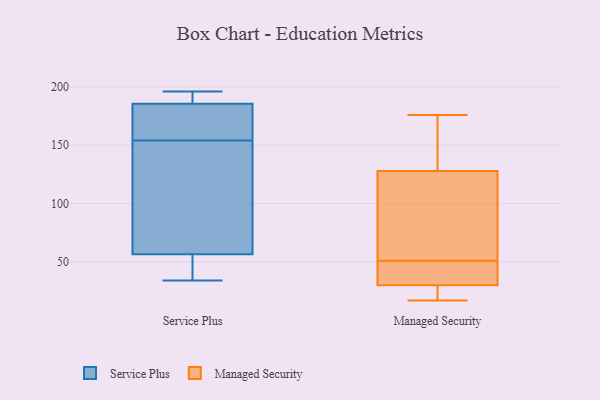
{"axis": {"x": "Waste Production (Tons)", "y": "Value"}, "legend": ["Managed Security", "Service Plus"], "data": [{"x": "", "y": 138, "type": "Service Plus"}, {"x": "", "y": 34, "type": "Service Plus"}, {"x": "", "y": 196, "type": "Service Plus"}, {"x": "", "y": 188, "type": "Service Plus"}, {"x": "", "y": 53, "type": "Service Plus"}, {"x": "", "y": 60, "type": "Service Plus"}, {"x": "", "y": 192, "type": "Service Plus"}, {"x": "", "y": 183, "type": "Service Plus"}, {"x": "", "y": 132, "type": "Service Plus"}, {"x": "", "y": 49, "type": "Service Plus"}, {"x": "", "y": 172, "type": "Service Plus"}, {"x": "", "y": 170, "type": "Service Plus"}, {"x": "", "y": 22, "type": "Managed Security"}, {"x": "", "y": 17, "type": "Managed Security"}, {"x": "", "y": 38, "type": "Managed Security"}, {"x": "", "y": 76, "type": "Managed Security"}, {"x": "", "y": 30, "type": "Managed Security"}, {"x": "", "y": 94, "type": "Managed Security"}, {"x": "", "y": 39, "type": "Managed Security"}, {"x": "", "y": 176, "type": "Managed Security"}, {"x": "", "y": 23, "type": "Managed Security"}, {"x": "", "y": 32, "type": "Managed Security"}, {"x": "", "y": 63, "type": "Managed Security"}, {"x": "", "y": 130, "type": "Managed Security"}, {"x": "", "y": 158, "type": "Managed Security"}, {"x": "", "y": 128, "type": "Managed Security"}]}